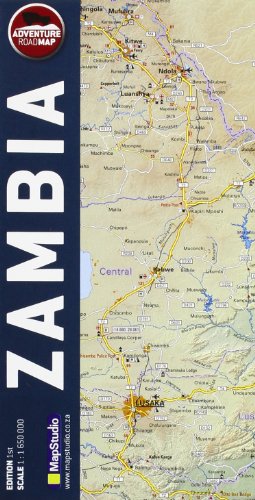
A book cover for Zambia: MS.R81; Travel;